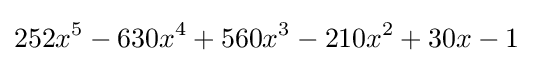
252x^{5}-630x^{4}+560x^{3}-210x^{2}+30x-1